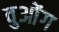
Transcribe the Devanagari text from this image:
वुओंग